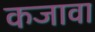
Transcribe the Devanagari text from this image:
कजावा